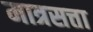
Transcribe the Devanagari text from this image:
मात्रसत्ता